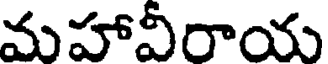
మహావీరాయ